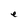
Character: e